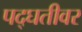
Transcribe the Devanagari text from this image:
पद्घतीवर